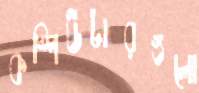
কম্পিউটারগুলো